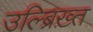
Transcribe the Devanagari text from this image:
उल्ब्रिख़्त